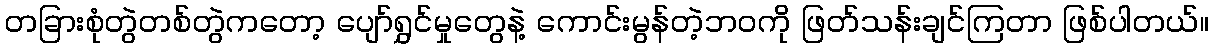
တခြားစုံတွဲတစ်တွဲကတော့ ပျော်ရွှင်မှုတွေနဲ့ ကောင်းမွန်တဲ့ဘဝကို ဖြတ်သန်းချင်ကြတာ ဖြစ်ပါတယ်။